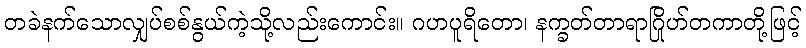
တခဲနက်သောလျှပ်စစ်နွယ်ကဲ့သို့လည်းကောင်း။ ဂဟပူရိတော၊ နက္ခတ်တာရာဂြိုဟ်တကာတို့ဖြင့်